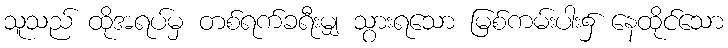
သူသည် ထိုအရပ်မှ တစ်ရက်ခရီးမျှ သွားရသော မြစ်ကမ်းပါး၌ နေထိုင်သော